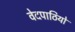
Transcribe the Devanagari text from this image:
वेदपाठियों